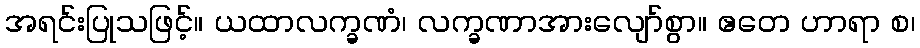
အရင်းပြုသဖြင့်။ ယထာလက္ခဏံ၊ လက္ခဏာအားလျော်စွာ။ ဧတေ ဟာရာ စ၊